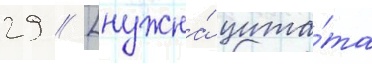
29 // [нужна́ цита́та